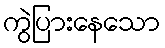
ကွဲပြားနေသော